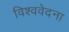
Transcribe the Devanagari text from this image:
विश्ववेदना